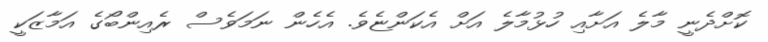
ކޮށްދެނީ މާލެ އަށާއި ހުޅުމާލެ އަށް އެކަންޏެވެ. އެހެން ނަމަވެސް ރެއިންބޯގެ އަމާޒަކީ